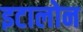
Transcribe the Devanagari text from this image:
इटालोन